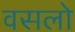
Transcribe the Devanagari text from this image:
वसलो